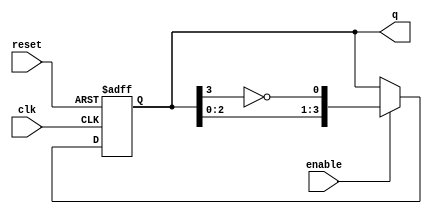
module ring_johnson_counter #(
    parameter n = 4  // Number of bits in the counter
)(
    input wire clk,          // Clock input
    input wire reset,        // Asynchronous reset
    input wire enable,       // Enable input
    output reg [n-1:0] q     // Counter output
);

    // Internal signal for feedback
    wire feedback;

    // Feedback logic: Invert the last flip-flop output
    assign feedback = ~q[n-1];

    // Sequential logic for the Johnson counter
    always @(posedge clk or posedge reset) begin
        if (reset) begin
            q <= 0;  // Reset all flip-flops to 0
        end else if (enable) begin
            // Shift the counter and apply feedback
            q <= {q[n-2:0], feedback};
        end
    end

endmodule